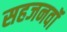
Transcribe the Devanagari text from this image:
सहजनवॉं